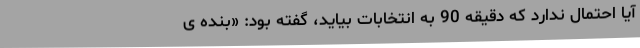
آیا احتمال ندارد که دقیقه 90 به انتخابات بیاید، گفته بود: «بنده ی